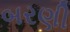
બરણી